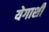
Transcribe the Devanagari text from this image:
येगाशी